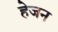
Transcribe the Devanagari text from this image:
हेजन